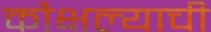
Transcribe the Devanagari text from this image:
कौक्षल्याची